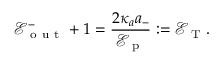
\mathcal { E } _ { \mathrm { ~ o ~ u ~ t ~ } } ^ { - } + 1 = \frac { 2 \kappa _ { a } a _ { - } } { \mathcal { E } _ { \mathrm { ~ p ~ } } } : = \mathcal { E } _ { \mathrm { ~ T ~ } } .